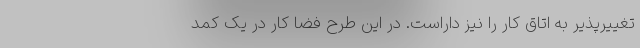
تغییرپذیر به اتاق کار را نیز داراست. در این طرح فضا کار در یک کمد